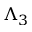
\Lambda _ { 3 }